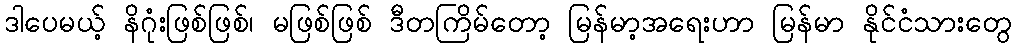
ဒါပေမယ့် နိဂုံးဖြစ်ဖြစ်၊ မဖြစ်ဖြစ် ဒီတကြိမ်တော့ မြန်မာ့အရေးဟာ မြန်မာ နိုင်ငံသားတွေ